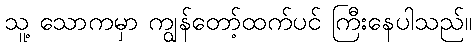
သူ့ သောကမှာ ကျွန်တော့်ထက်ပင် ကြီးနေပါသည်။